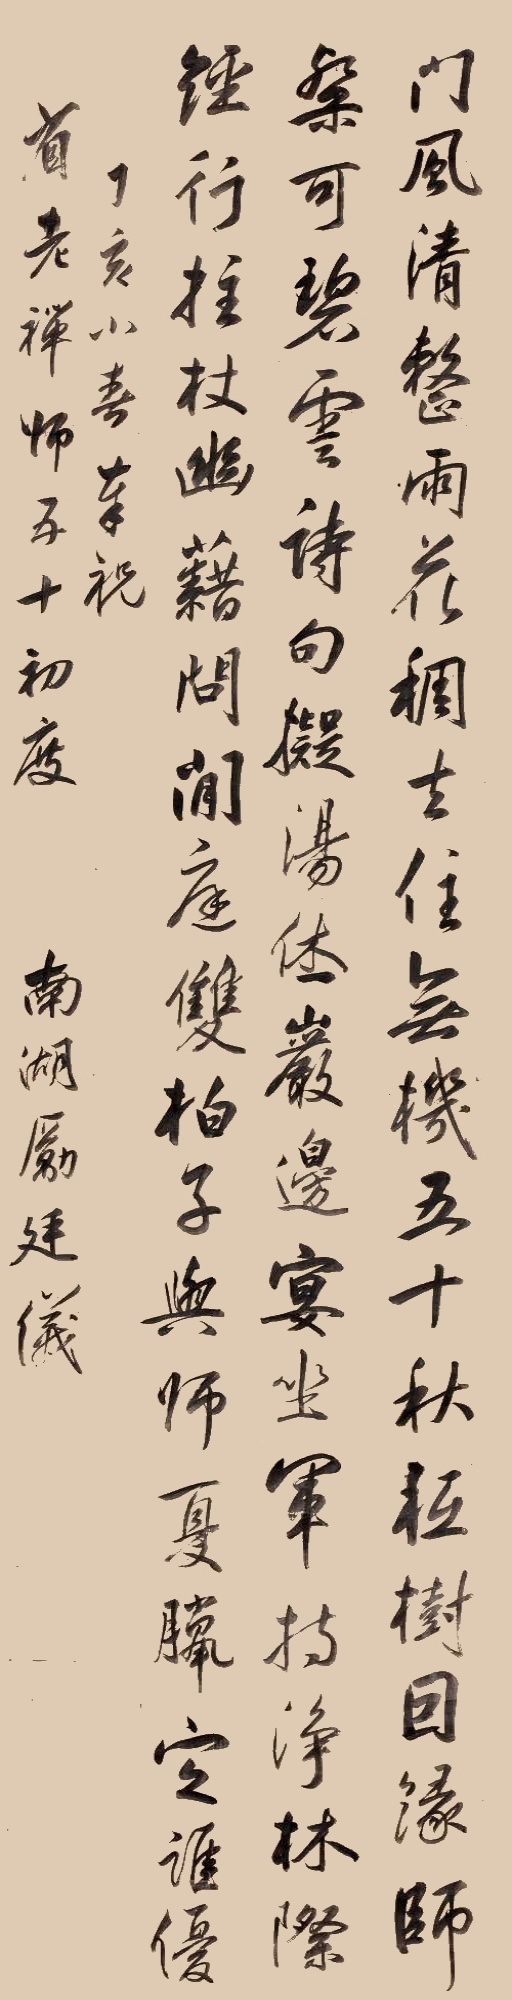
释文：门风清整雨花稠，去住无机五十秋。祗树因缘师粲可，碧云诗句拟汤休。岩边宴坐军持净，林际经行拄杖幽。藉问闲庭双柏子，与师夏腊定谁优。丁亥小春，奉祝省老禅师五十初度，南湖励廷仪。